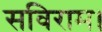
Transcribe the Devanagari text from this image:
सविराम।